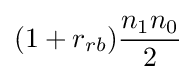
(1+r_{rb}){\frac {n_{1}n_{0}}{2}}